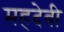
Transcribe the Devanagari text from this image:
महदेवी